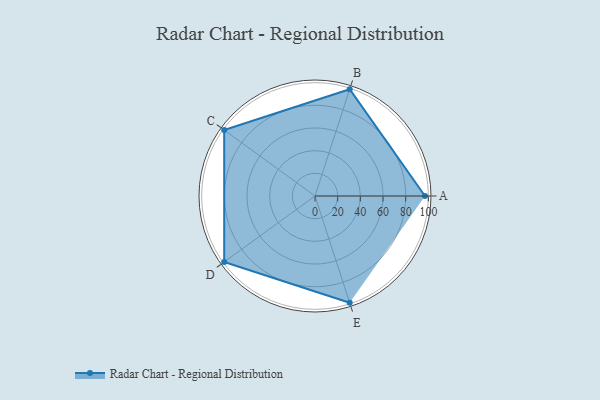
{"axis": {"x": "Skill", "y": "Score"}, "legend": ["Profile"], "data": [{"x": "A", "y": 97.0, "type": "Profile"}, {"x": "B", "y": 99, "type": "Profile"}, {"x": "C", "y": 99, "type": "Profile"}, {"x": "D", "y": 99, "type": "Profile"}, {"x": "E", "y": 99, "type": "Profile"}]}